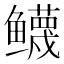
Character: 𱈙